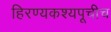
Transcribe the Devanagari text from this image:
हिरण्यकश्यपूचीच